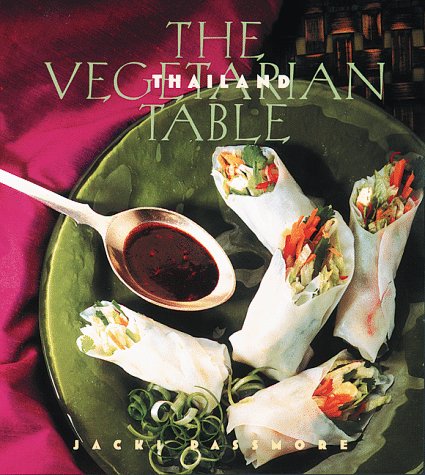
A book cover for The Vegetarian Table: Thailand; Jacki Passmore; Cookbooks, Food & Wine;